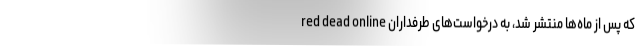
red dead online که پس از ماه‌ها منتشر شد، به درخواست‌های طرفداران